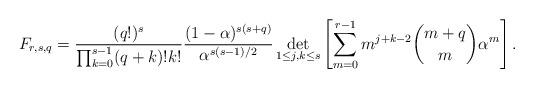
LaTeX: \begin{align*}F_{r,s,q}=\frac{(q!)^s}{\prod_{k=0}^{s-1} (q+k)! k!}\frac{(1-\alpha)^{s (s+q)}}{\alpha^{s(s-1)/2}}\det_{1\leq j,k\leq s}\left[ \sum_{m=0}^{r-1}m^{j+k-2} \binom{m+q}{m} \alpha^m\right].\end{align*}